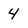
Character: 4